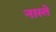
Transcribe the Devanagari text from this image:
नास्‍ते